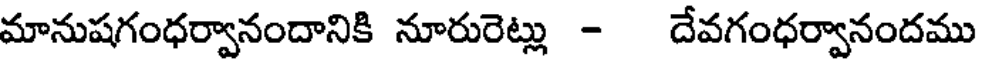
మానుషగంధర్వానందానికి నూరురెట్లు - దేవగంధర్వానందము